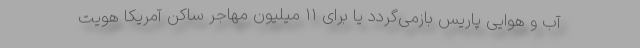
آب و هوایی پاریس بازمی‌گردد یا برای 11 میلیون مهاجر ساکن آمریکا هویت